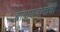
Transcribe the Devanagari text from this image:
ब्राह्मणवादाची